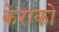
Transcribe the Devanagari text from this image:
केराको